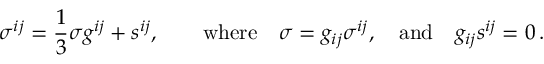
\sigma ^ { i j } = \frac 1 3 \sigma g ^ { i j } + s ^ { i j } , \qquad \mathrm { w h e r e } \quad \sigma = g _ { i j } \sigma ^ { i j } , \quad \mathrm { a n d } \quad g _ { i j } s ^ { i j } = 0 \, .